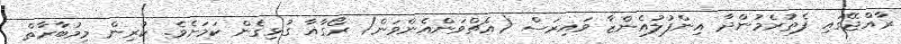
ރާއްޖޭގައި ފެތުރެމުންދާ އިންފުލުއެންޒާ ވައިރަސް (އެޗްވަންއެންވަން) ރޯގާއާ ގުޅިގެން ކަމަށެވެ. ކުރިން މިމުބާރާތް